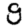
Digit: 9